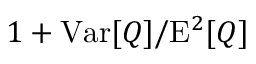
1 + \mathrm { V a r } [ Q ] / \mathrm { E } ^ { 2 } [ Q ]